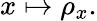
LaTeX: x\mapsto\rho_{x}.